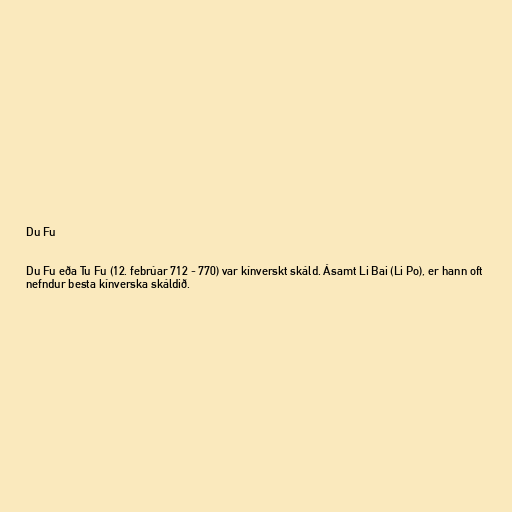
Du Fu

Du Fu eða Tu Fu (12. febrúar 712 - 770) var kínverskt skáld. Ásamt Li Bai (Li Po), er hann oft
nefndur besta kínverska skáldið.